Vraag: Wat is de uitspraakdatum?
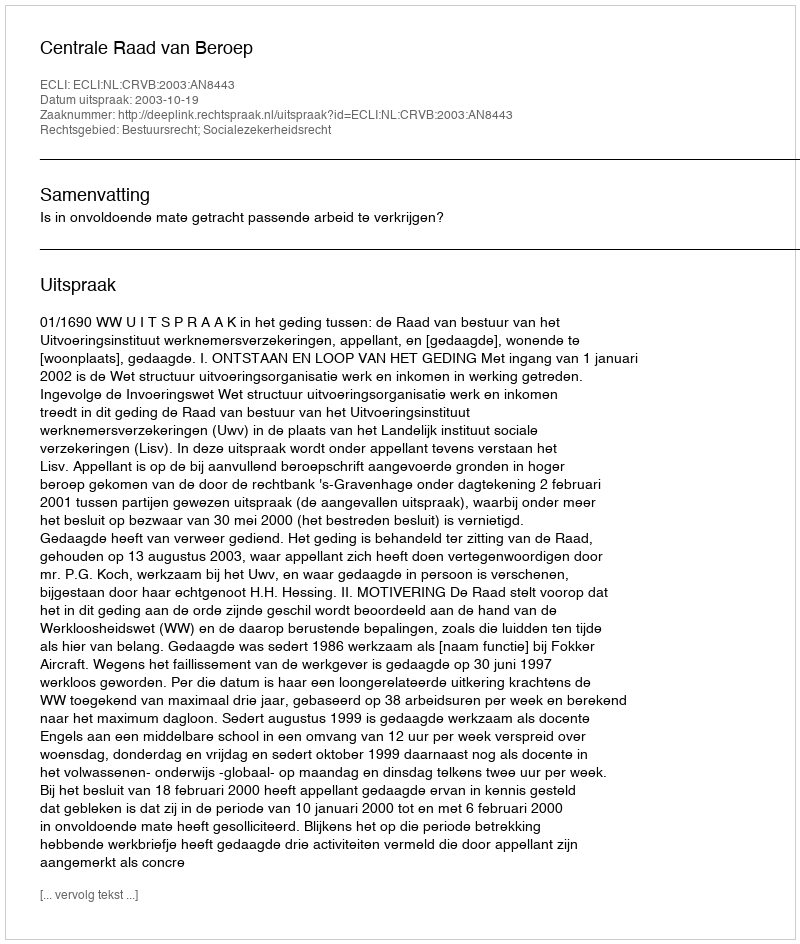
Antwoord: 2003-10-19